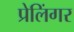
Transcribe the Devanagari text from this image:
प्रेलिंगर